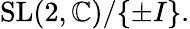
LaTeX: {\mathrm{SL}}(2,\mathbb{C})/\{ \pm I\} .